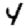
Digit: 4